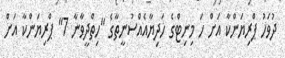
ދުވަހު ޕްރިޔަންކާ އަށް ހަ މިނިޓްގެ ހަދިޔާއެއްސުނީތާގެ "ހިތްދީވާނާ 7" ޕްރިޔަންކާ އަށް